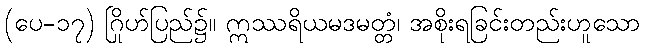
(ပေ-၁၇) ဂြိုဟ်ပြည်၌။ ဣဿရိယမဒမတ္တံ၊ အစိုးရခြင်းတည်းဟူသော